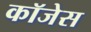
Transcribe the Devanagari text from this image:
कॉजेस